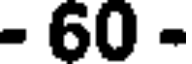
- 60 -